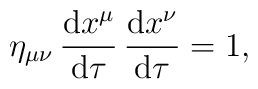
\eta_{\mu \nu} \,	\frac{\mbox{d} x^\mu}{\mbox{d} \tau} \,	\frac{\mbox{d} x^\nu}{\mbox{d} \tau}	= 1,